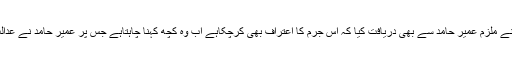
وفاقی جج نے سزا سنانے سے قبل پراسیکیوشن اور ملزم کے وکیل کے موقف کو بھی سنا، جج نے ملزم عمیر حامد سے بھی دریافت کیا کہ اس جرم کا اعتراف بھی کرچکاہے اب وہ کچھ کہنا چاہتاہے جس پر عمیر حامد نے عدالت کو بتایا کہ وہ اپنے جرم پر شرمندہ ہے اور اس نے زندگی میں کئی بڑے سبق سیکھ لئے ہیں۔